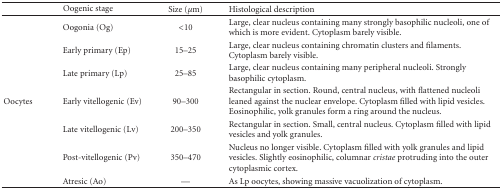
<table><thead><tr><td colspan="2"><b>Oogenic stage</b></td><td><b>Size (<i>μ</i>m)</b></td><td><b>Histological description</b></td></tr></thead><tbody><tr><td></td><td> Oogonia (Og)</td><td>&lt;10</td><td>Large, clear nucleus containing many strongly basophilic nucleoli, one of which is more evident. Cytoplasm barely visible.</td></tr><tr><td></td><td>Early primary (Ep)</td><td>15–25</td><td>Large, clear nucleus containing chromatin clusters and filaments. Cytoplasm barely visible.</td></tr><tr><td></td><td>Late primary (Lp)</td><td>25–85</td><td>Large, clear nucleus containing many peripheral nucleoli. Strongly basophilic cytoplasm.</td></tr><tr><td>Oocytes</td><td>Early vitellogenic (Ev)</td><td>90–300</td><td>Rectangular in section. Round, central nucleus, with flattened nucleoli leaned against the nuclear envelope. Cytoplasm filled with lipid vesicles. Eosinophilic, yolk granules form a ring around the nucleus.</td></tr><tr><td></td><td>Late vitellogenic (Lv)</td><td>200–350</td><td>Rectangular in section. Small, central nucleus. Cytoplasm filled with lipid vesicles and yolk granules.</td></tr><tr><td></td><td>Post-vitellogenic (Pv)</td><td>350–470</td><td>Nucleus no longer visible. Cytoplasm filled with yolk granules and lipid vesicles. Slightly eosinophilic, columnar <i>cristae</i> protruding into the outer cytoplasmic cortex.</td></tr><tr><td></td><td>Atresic (Ao)</td><td>—</td><td>As Lp oocytes, showing massive vacuolization of cytoplasm.</td></tr></tbody></table>